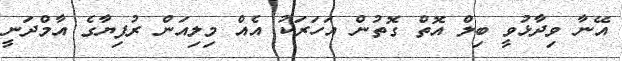
އޭނާ ވިދާޅުވީ ބިލް އޮތް ގޮތުން އަހަރަކު އެއް މިލިއަން ރުފިޔާގެ އާމްދަނީ